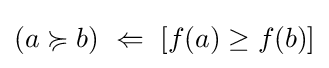
(a\succcurlyeq b)~\Leftarrow ~[f(a)\geq f(b)]